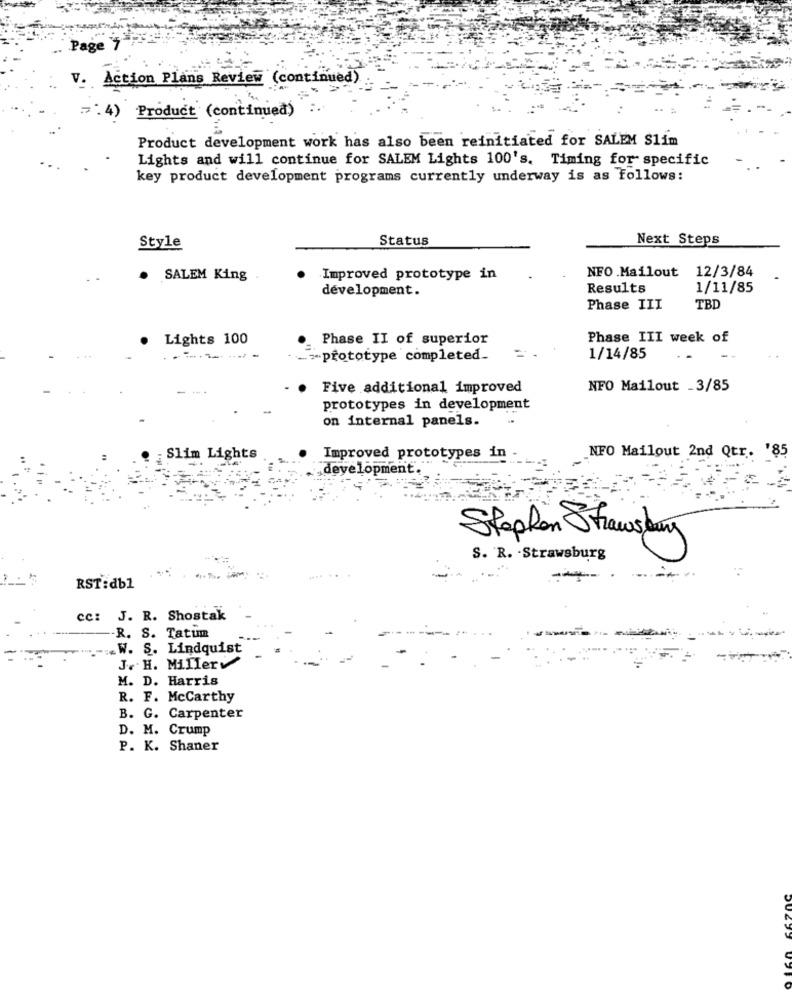
Page
V. Action Plans Review ( continued)
.4) Product (continued)
Product development work has also been reinitiated for SALEM Slim
Lights and will continue for SALEM Lights 100's. Timing for specific
key product development programs currently underway is as follows:
Style
Status
Next Steps
NFO .Mailout 12/3/84
SALEM King
Improved prototype in
development.
Results
1/11/85
Phase III
TBD
Lights 100
Phase II of superior
Phase III week of
-= "prototype completed.
=
1/14/85
Five additional improved
NFO Mailout _3/85
prototypes in development
on internal panels.
Slim Lights
Improved prototypes in
NFO Mailout 2nd Qtr. '85
development.
Stephen Shawsday
S. R. - Strawsburg
RST:db1
cc: J. R. Shostak
-R. S. Tatum
-.. W. S. Lindquist
J. H. Millerv
M. D. Harris
R. F. McCarthy
B. G. Carpenter
D. M. Crump
P. K. Shaner